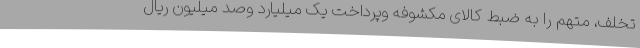
تخلف، متهم را به ضبط کالای مکشوفه وپرداخت یک میلیارد وصد میلیون ریال